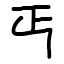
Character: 丐